Vaccination in the Punjab 1897-1904 - 1897-1904
Year: 1897
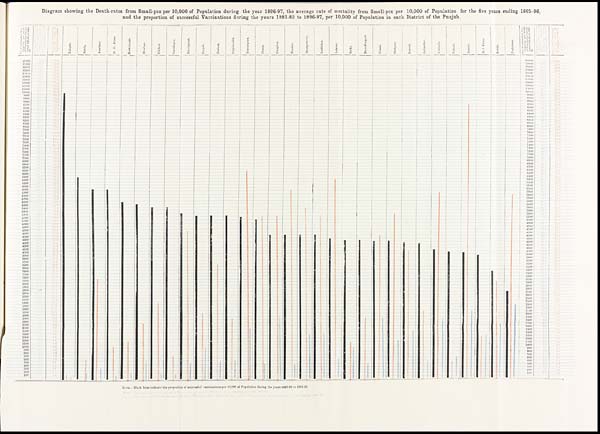
Diagram showing the Death-rates from Small-pox per 10,000 of Population during the year 1896-97, the average rate of mortality from Small-pox per 10,000 of Population for the five years ending 1895-96,
and the proportion of successful Vaccinations during the years 1881-82 to 1896-97, per 10,000 of Population in each District of the Punjab.
NOTE.—Black linos indicate the proportion of successful vaccinations per 10,000 of Population during the years 1881-82 to 18S6-97.